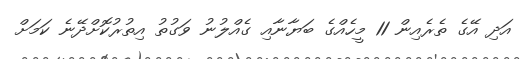
އަދި އޭގެ ތެރެއިން 11 މީހެއްގެ ބަޔާނާއި ގެއްލުނު ވަގުތު އިތުރުކޮށްދޭނެ ކަމަށް